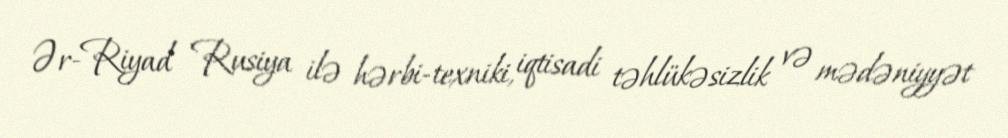
Ər-Riyad Rusiya ilə hərbi-texniki, iqtisadi təhlükəsizlik və mədəniyyət